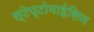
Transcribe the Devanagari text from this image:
स्टेप्टोमाईसिन